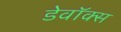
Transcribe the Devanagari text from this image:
डेवॉक्स